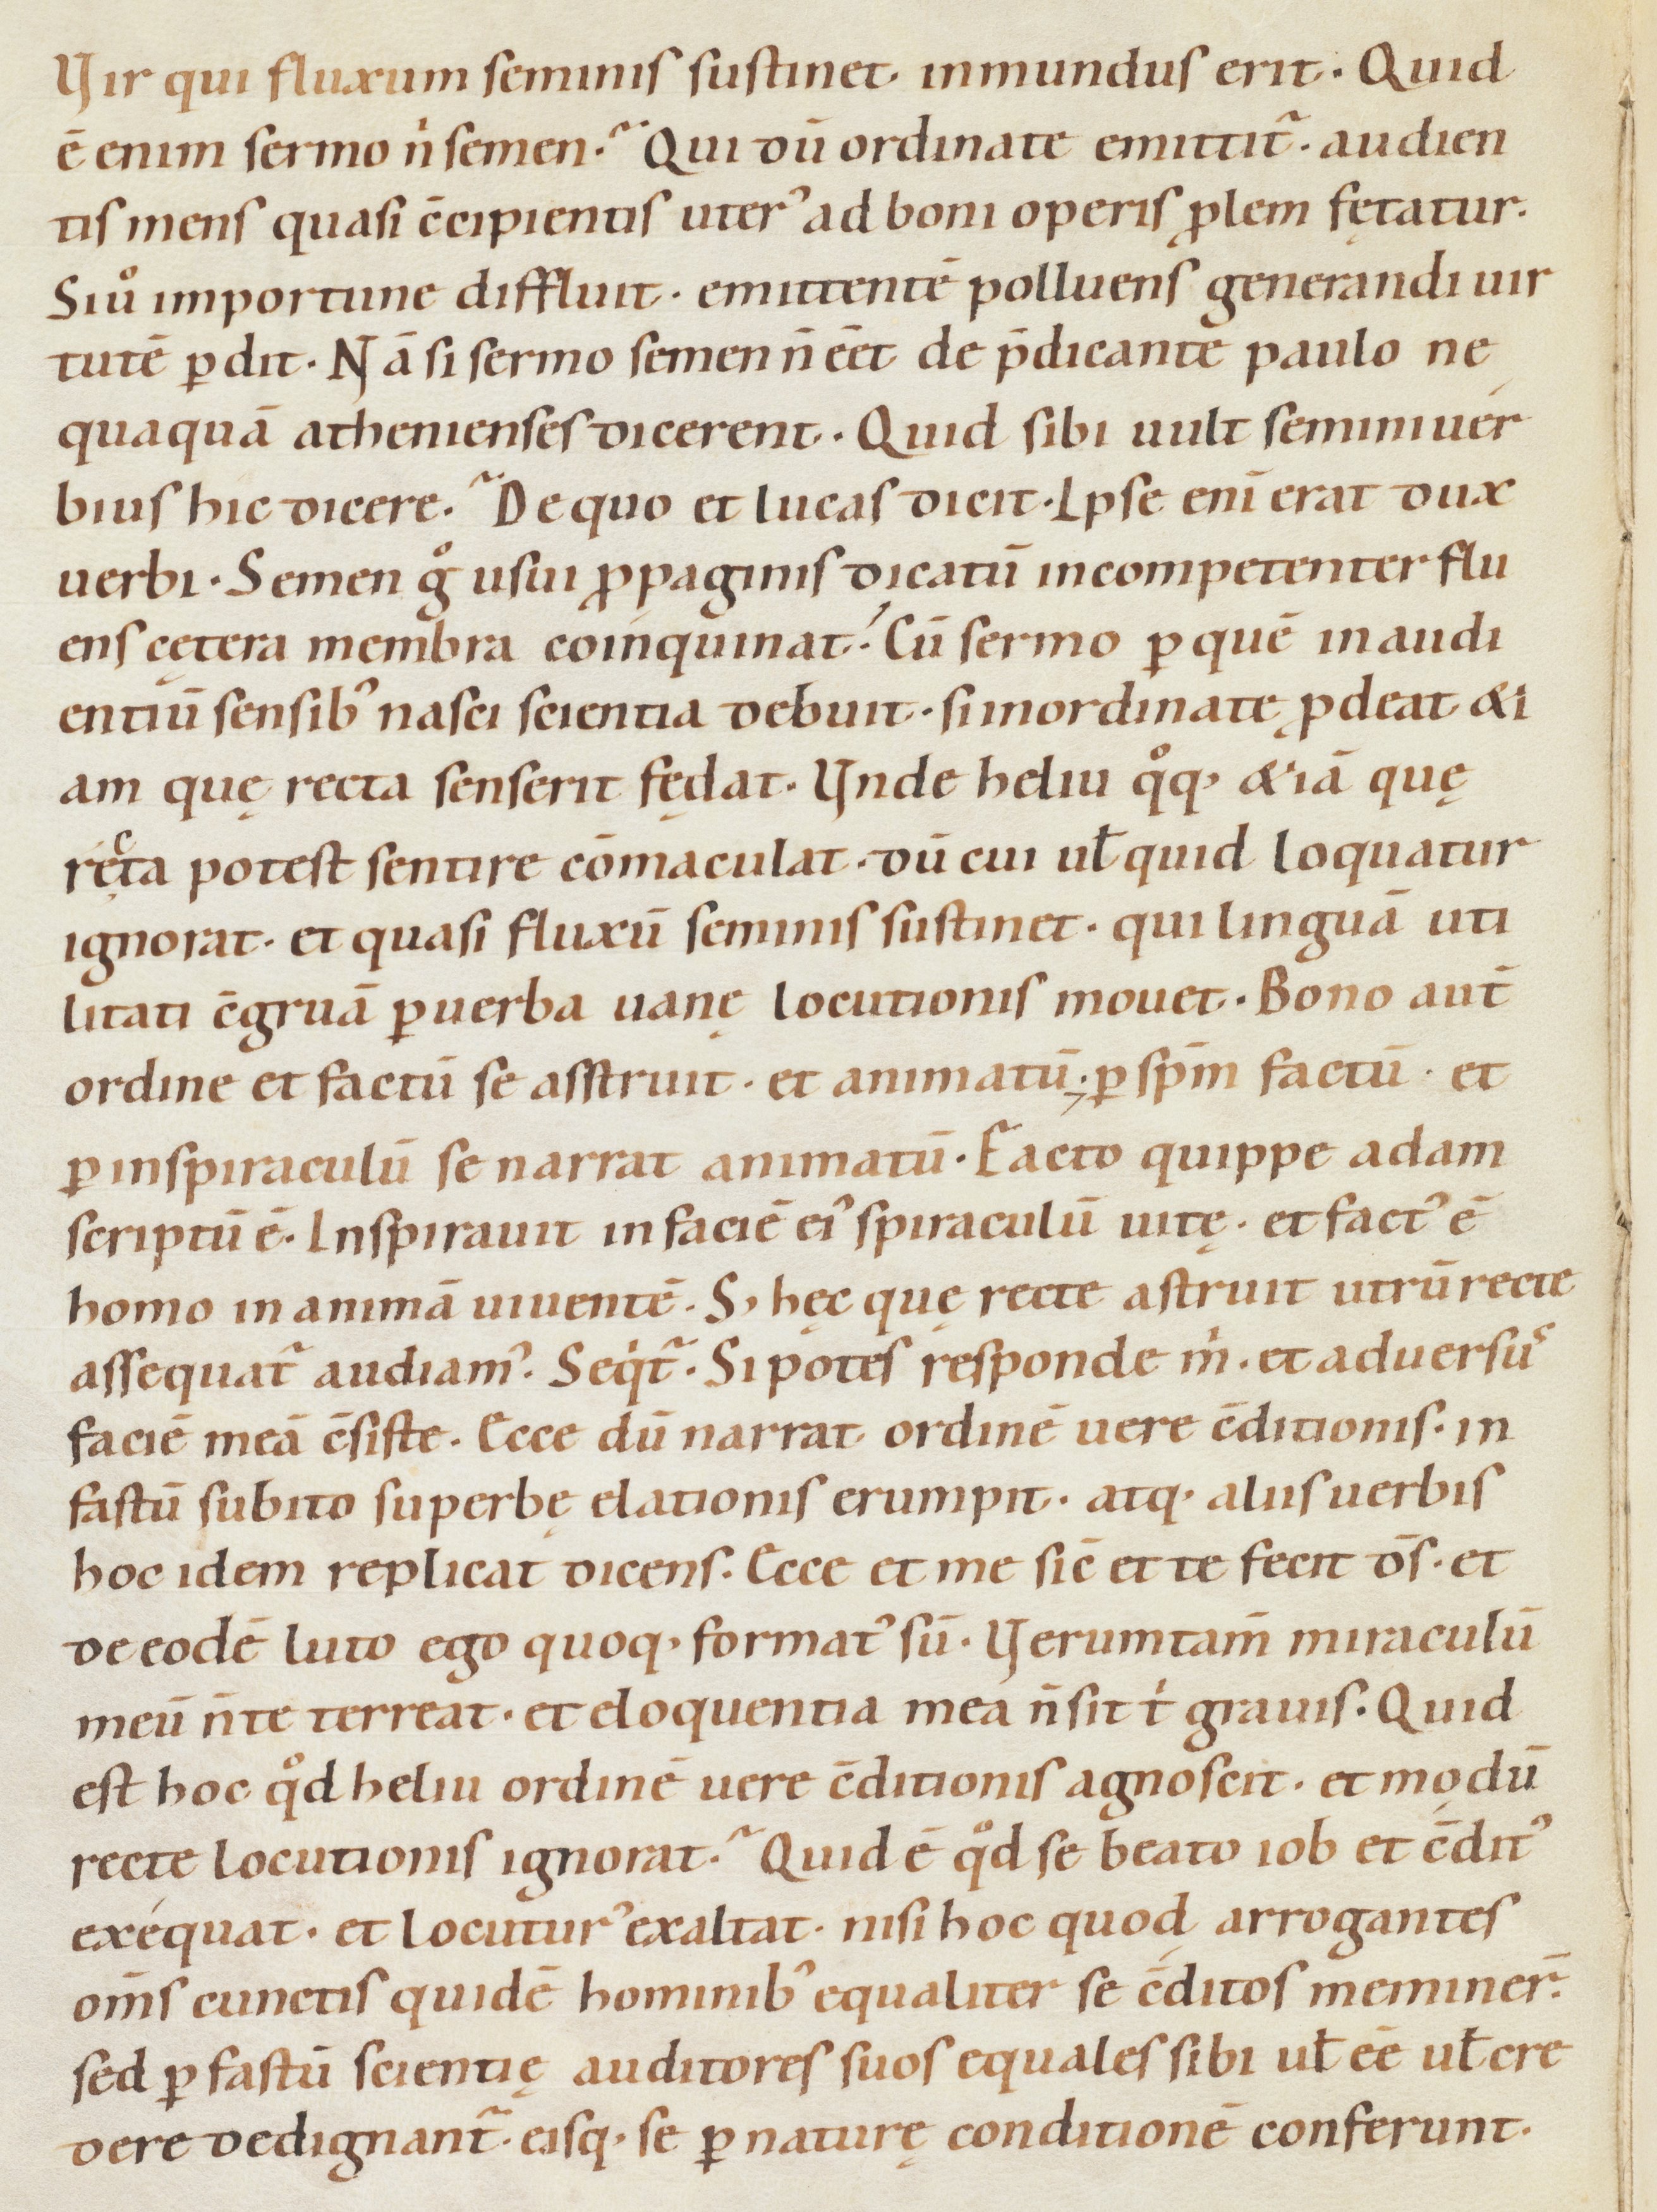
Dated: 1080–1096